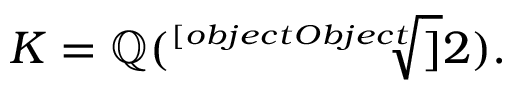
K = \mathbb { Q } ( { \sqrt [ [object Object] ] { 2 } } ) .